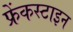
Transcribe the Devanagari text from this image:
फ्रेंकस्टाइन